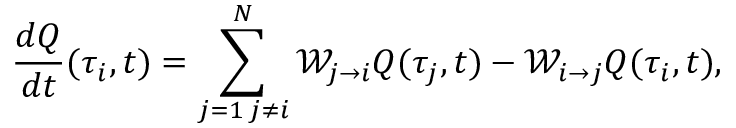
\frac { d Q } { d t } ( \tau _ { i } , t ) = \sum _ { j = 1 \, j \neq i } ^ { N } \mathcal { W } _ { j \to i } Q ( \tau _ { j } , t ) - \mathcal { W } _ { i \to j } Q ( \tau _ { i } , t ) ,